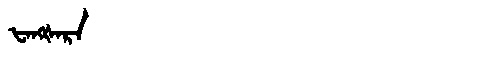
Manchu: ᡶᠠᠩᡧᠠᡵᠠ
Romanization: FANGŠARA